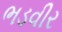
ભડવીર